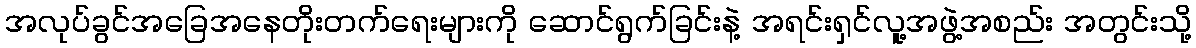
အလုပ်ခွင်အခြေအနေတိုးတက်ရေးများကို ဆောင်ရွက်ခြင်းနဲ့ အရင်းရှင်လူ့အဖွဲ့အစည်း အတွင်းသို့